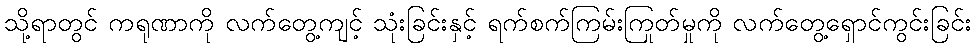
သို့ရာတွင် ကရုဏာကို လက်တွေ့ကျင့် သုံးခြင်းနှင့် ရက်စက်ကြမ်းကြုတ်မှုကို လက်တွေ့ရှောင်ကွင်းခြင်း